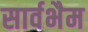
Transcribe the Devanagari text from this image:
सार्वभैम